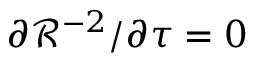
\partial \mathcal { R } ^ { - 2 } / \partial \tau = 0